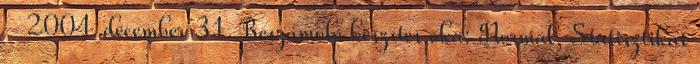
- 2004. december 31. Beszámoló készítés oka: Normál, Statisztikai